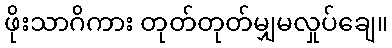
ဖိုးသာဂိကား တုတ်တုတ်မျှမလှုပ်ချေ။